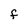
Character: F